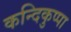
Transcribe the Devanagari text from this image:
कन्दिकुप्पा